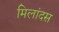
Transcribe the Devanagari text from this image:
मिलांदस